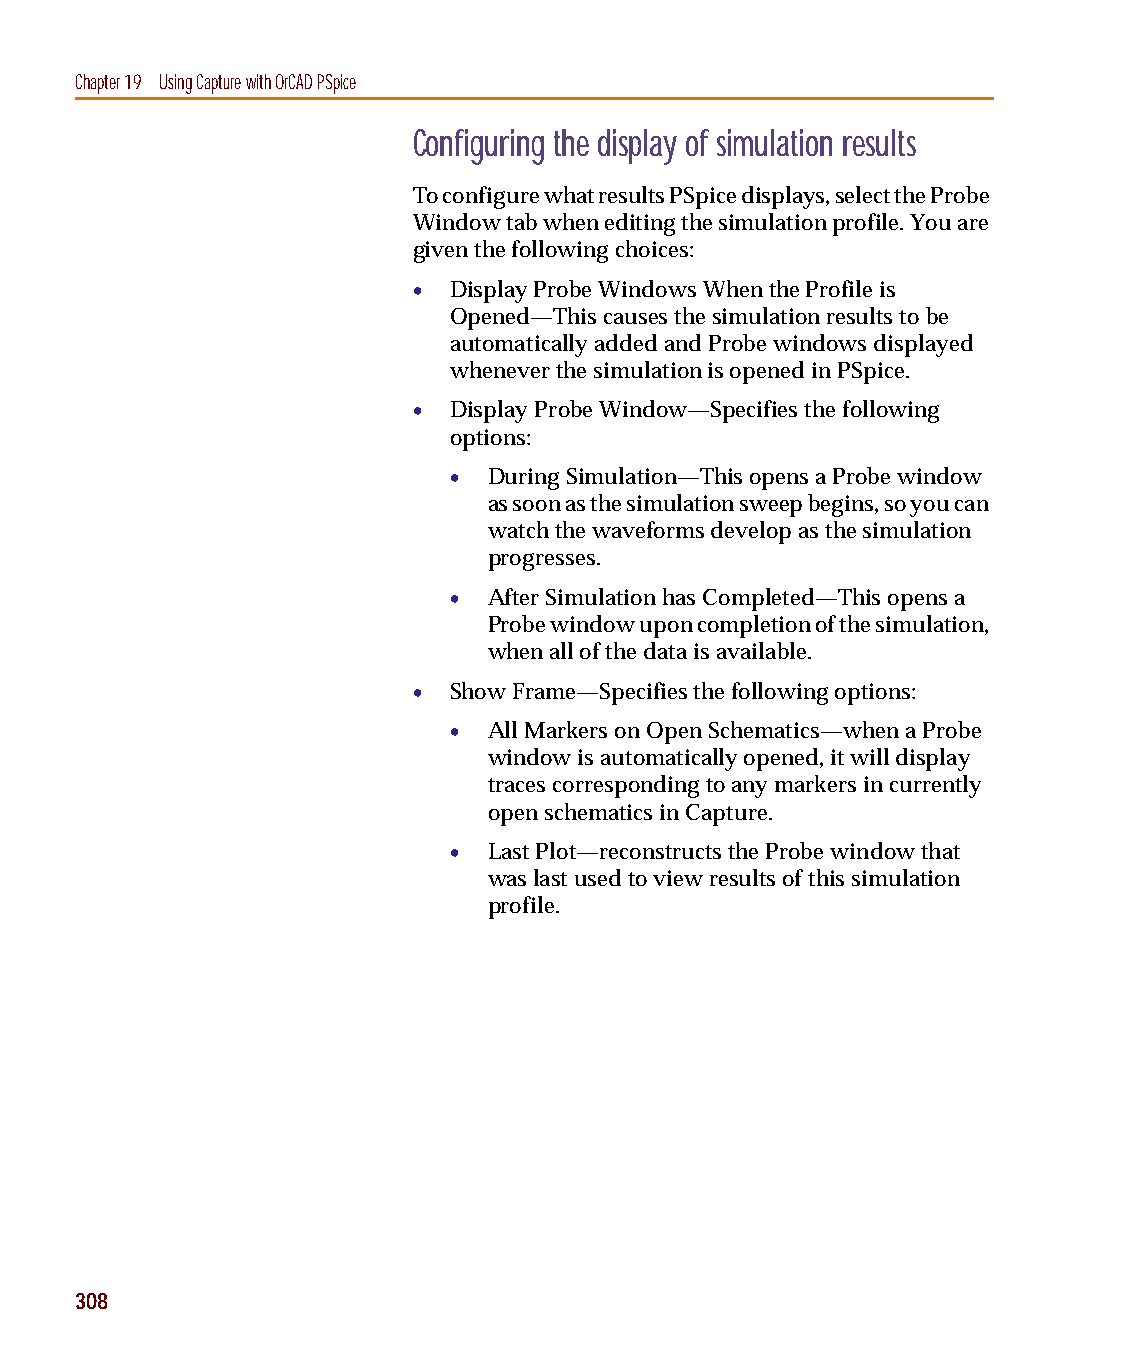
capug.book Page 308 Thursday, November 12, 1998 3:38 PM
 Chapter 19 Using Capture with OrCADPSpice
 Configuring the display of simulation results
 To configure what results PSpice displays, select the Probe
 Window tab when editing the simulation profile. You are
 given the following choices:
 •  Display Probe Windows When the Profile is
 Opened—This causes the simulation results to be
 automatically added and Probe windows displayed
 whenever the simulation is opened in PSpice.
 •  Display Probe Window—Specifies the following
 options:
 • During Simulation—This opens a Probe window
 as soon as the simulation sweep begins, so you can
 watch the waveforms develop as the simulation
 progresses.
 • After Simulation has Completed—This opens a
 Probe window upon completion of the simulation,
 when all of the data is available.
 •  Show Frame—Specifies the following options:
 • All Markers on Open Schematics—when a Probe
 window is automatically opened, it will display
 traces corresponding to any markers in currently
 open schematics in Capture.
 • Last Plot—reconstructs the Probe window that
 was last used to view results of this simulation
 profile.
 308